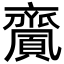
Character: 𪗎